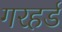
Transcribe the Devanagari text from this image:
गरहर्ड